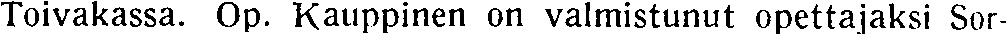
Toivakassa. Op. Kauppinen on valmistunut opettajaksi Sor-